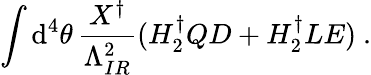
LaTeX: \int\mathrm{d}^{4}\theta\, \frac{{X^{\dagger}}}{{\Lambda_{IR}^{2}}}(H_{2}^{\dagger}QD+H_{2}^{\dagger}LE)~.